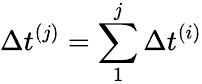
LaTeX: \Delta t^{(j)}=\sum_{1}^{j}\Delta t^{(i)}